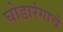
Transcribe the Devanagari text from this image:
घोडारंगाचे